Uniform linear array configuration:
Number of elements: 16
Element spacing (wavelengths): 1
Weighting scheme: exponential
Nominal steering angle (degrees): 45
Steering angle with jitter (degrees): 46.452
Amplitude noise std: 0.05
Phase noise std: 0.05

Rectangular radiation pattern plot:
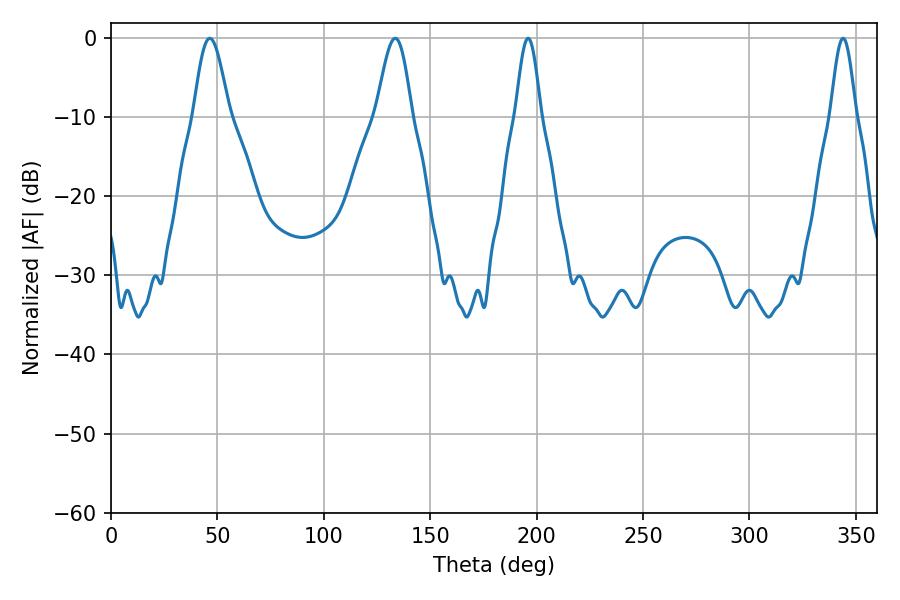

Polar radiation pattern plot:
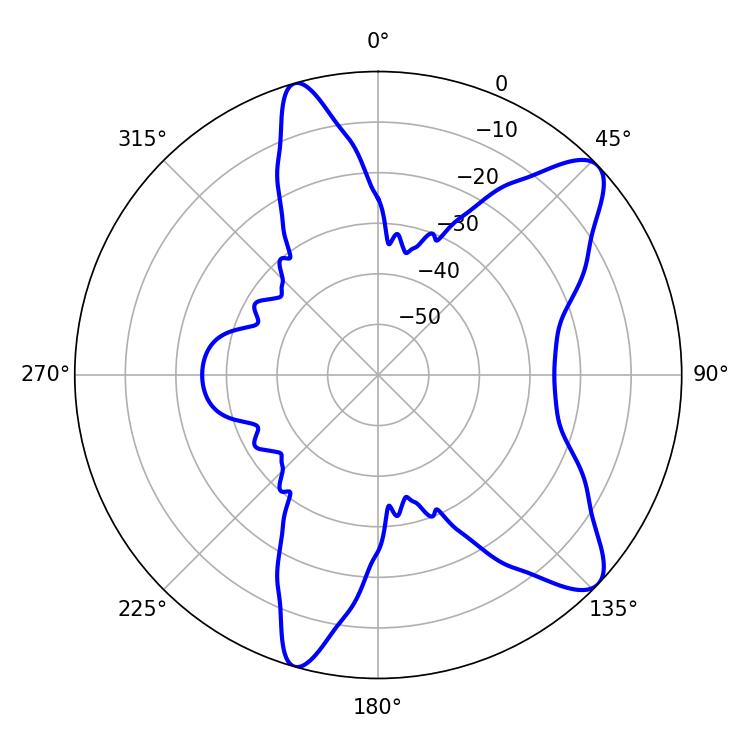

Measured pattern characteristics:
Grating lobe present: TRUE
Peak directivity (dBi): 9.968
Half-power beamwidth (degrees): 9
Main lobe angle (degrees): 46.44